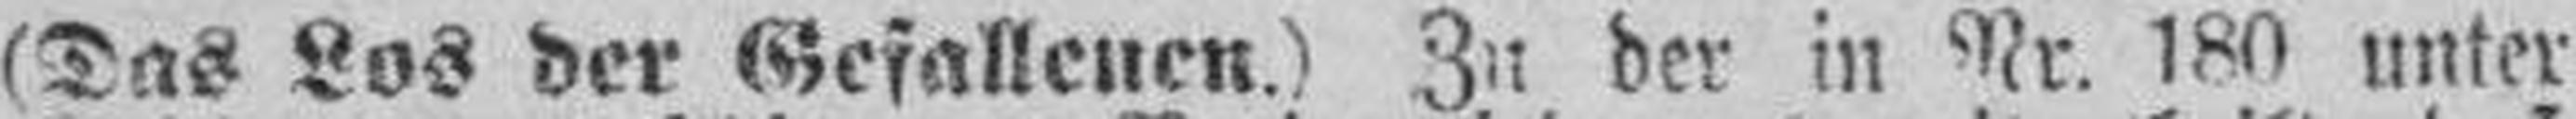
(Das Los der Gefallenen.) Zu der in Nr. 180 unter